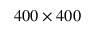
4 0 0 \times 4 0 0